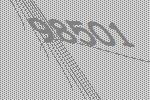
98501